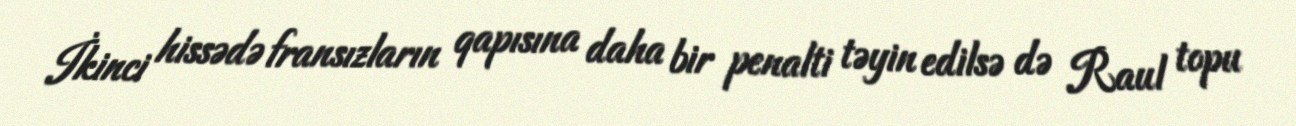
İkinci hissədə fransızların qapısına daha bir penalti təyin edilsə də Raul topu